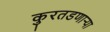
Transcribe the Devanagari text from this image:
कुरतडणार्‍या